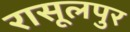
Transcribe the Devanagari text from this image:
रासूलपुर